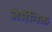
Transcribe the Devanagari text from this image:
जेर्मेनिक